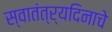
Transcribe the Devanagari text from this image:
स्वातंत्र्यदिनाचे